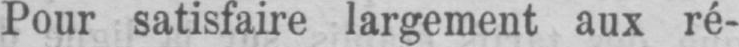
Pour satisfaire largement aux ré-